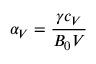
\alpha _ { V } = \frac { \gamma c _ { V } } { B _ { 0 } V }